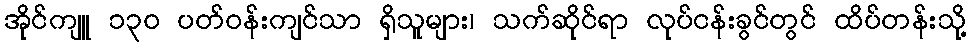
အိုင်ကျူ ၁၃၀ ပတ်ဝန်းကျင်သာ ရှိသူများ၊ သက်ဆိုင်ရာ လုပ်ငန်းခွင်တွင် ထိပ်တန်းသို့